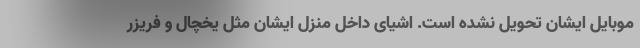
موبایل ایشان تحویل نشده است. اشیای داخل منزل ایشان مثل یخچال و فریزر